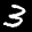
Label: 3